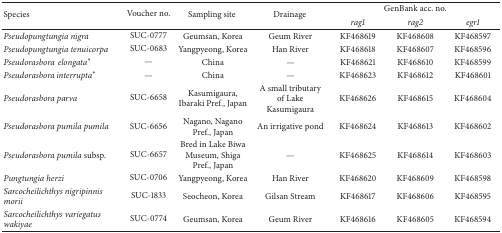
<table><thead><tr><td rowspan="2"><b>Species</b></td><td rowspan="2"><b>Voucher no.</b></td><td rowspan="2"><b>Sampling site</b></td><td rowspan="2"><b>Drainage</b></td><td colspan="3"><b>GenBank acc. no.</b></td></tr><tr><td><b><i>rag1 </i></b></td><td><b><i>rag2 </i></b></td><td><b><i>egr1 </i></b></td></tr></thead><tbody><tr><td><i>Pseudopungtungia nigra </i></td><td>SUC-0777</td><td>Geumsan, Korea</td><td>Geum River</td><td>KF468619</td><td>KF468608</td><td>KF468597</td></tr><tr><td><i>Pseudopungtungia tenuicorpa </i></td><td>SUC-0683</td><td>Yangpyeong, Korea</td><td>Han River</td><td>KF468618</td><td>KF468607</td><td>KF468596</td></tr><tr><td><i>Pseudorasbora e</i><i>lo</i><i>ng</i><i>at</i><i>a</i>*</td><td>—</td><td>China</td><td>—</td><td>KF468621</td><td>KF468610</td><td>KF468599</td></tr><tr><td><i>Pseudorasborai</i><i>nt</i><i>er</i><i>ru</i><i>pt</i><i>a</i>*</td><td>—</td><td>China</td><td>—</td><td>KF468623</td><td>KF468612</td><td>KF468601</td></tr><tr><td><i>Pseudorasbora parva </i></td><td>SUC-6658</td><td>Kasumigaura, Ibaraki Pref., Japan</td><td>A small tributary of Lake Kasumigaura</td><td>KF468626</td><td>KF468615</td><td>KF468604</td></tr><tr><td><i>Pseudorasbora pumila pumila </i></td><td>SUC-6656</td><td>Nagano, Nagano Pref., Japan</td><td>An irrigative pond</td><td>KF468624</td><td>KF468613</td><td>KF468602</td></tr><tr><td><i>Pseudorasbora pumila </i>subsp.</td><td>SUC-6657</td><td>Bred in Lake Biwa Museum, Shiga Pref., Japan</td><td>—</td><td>KF468625</td><td>KF468614</td><td>KF468603</td></tr><tr><td><i>Pungtungia herzi </i></td><td>SUC-0706</td><td>Yangpyeong, Korea</td><td>Han River</td><td>KF468620</td><td>KF468609</td><td>KF468598</td></tr><tr><td><i>Sarcocheilichthys nigripinnis morii </i></td><td>SUC-1833</td><td>Seocheon, Korea</td><td>Gilsan Stream</td><td>KF468617</td><td>KF468606</td><td>KF468595</td></tr><tr><td><i>Sarcocheilichthys variegatus wakiyae </i></td><td>SUC-0774</td><td>Geumsan, Korea</td><td>Geum River</td><td>KF468616</td><td>KF468605</td><td>KF468594</td></tr></tbody></table>